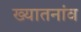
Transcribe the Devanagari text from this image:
ख्यातनांव